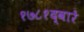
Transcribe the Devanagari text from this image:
१७८१द्वारे